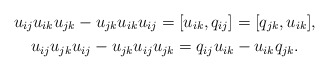
\begin{gather*} u_{ij} u_{ik} u_{jk}-u_{jk} u_{ik} u_{ij}=[u_{ik},q_{ij}]=[q_{jk},u_{ik}],\\u_{ij}u_{jk}u_{ij}-u_{jk}u_{ij}u_{jk}= q_{ij}u_{ik}-u_{ik}q_{jk}.\end{gather*}